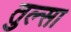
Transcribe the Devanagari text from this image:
तुल्सा